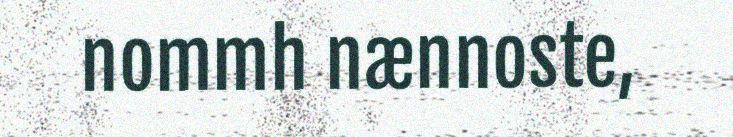
nommh nænnoste,